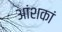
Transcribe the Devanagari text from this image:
आंशकां